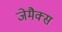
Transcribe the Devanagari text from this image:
जेमैक्स